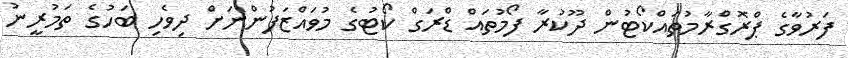
ފަރުވާގެ ޕްރޮގްރާމުތައްކޯޓުން ދޫކުރާ ފޯމުތައް ޑްރަގް ކޯޓުގެ މުވައްޒަފުންނަށް ދިވެހި ބަހުގެ ތަމުރީނު